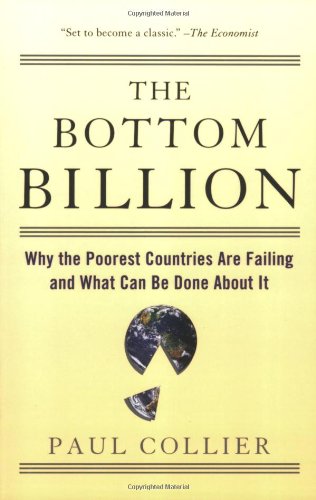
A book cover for The Bottom Billion: Why the Poorest Countries are Failing and What Can Be Done About It; Paul Collier; Business & Money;